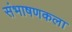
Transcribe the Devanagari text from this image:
संभाषणकला